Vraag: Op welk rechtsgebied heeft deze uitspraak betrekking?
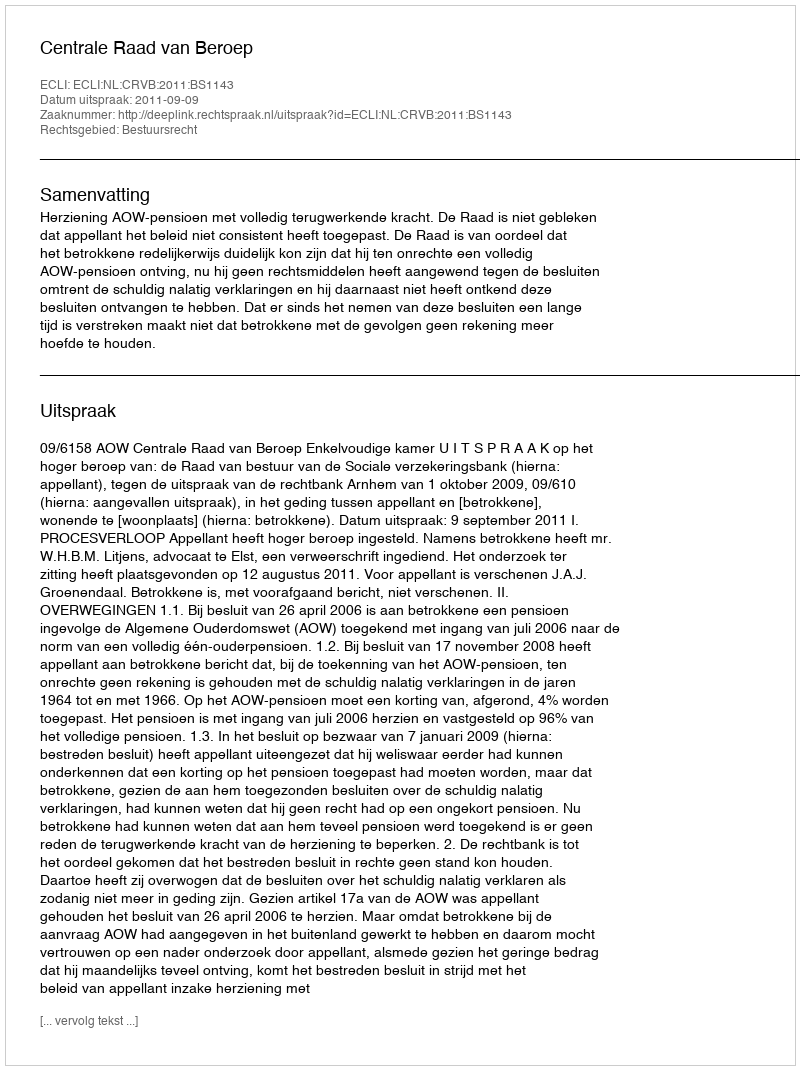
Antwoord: Bestuursrecht